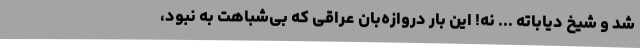
شد و شیخ دیاباته ... نه! این بار دروازه‌بان عراقی که بی‌شباهت به نبود،